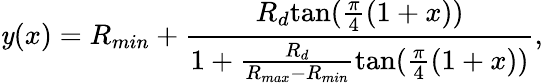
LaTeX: \mathit{y}(x)=R_{min}+\frac{{R_{d}\mathrm{{tan}}(\frac{{\pi}}{{4}}(1+x))}}{{1+\frac{{R_{d}}}{{R_{max}-R_{min}}}\mathrm{{tan}}(\frac{{\pi}}{{4}}(1+x))}},